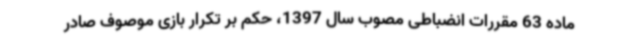
ماده 63 مقررات انضباطی مصوب سال 1397، حکم بر تکرار بازی موصوف صادر